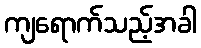
ကျရောက်သည့်အခါ